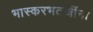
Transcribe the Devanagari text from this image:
भास्करभटजींना